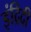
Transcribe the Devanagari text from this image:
इंद्रिदी